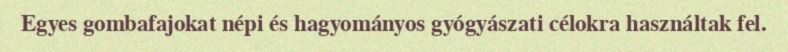
Egyes gombafajokat népi és hagyományos gyógyászati célokra használtak fel.